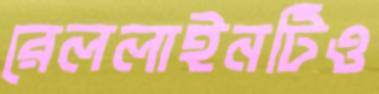
রেললাইনটিও